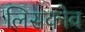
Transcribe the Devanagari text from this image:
लिसकोव